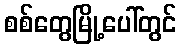
စစ်တွေမြို့ပေါ်တွင်